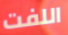
اللفت